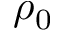
\rho _ { 0 }